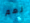
نعم